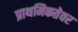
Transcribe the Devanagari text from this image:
प्राथमिकतेवर